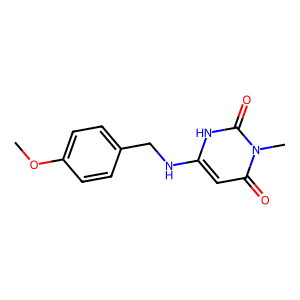
SMILES: COc1ccc(CNc2cc(=O)n(C)c(=O)[nH]2)cc1
Inhibits HIV replication: No